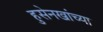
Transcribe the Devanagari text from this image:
हुसेनखांच्या